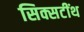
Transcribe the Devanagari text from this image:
सिक्सटींथ